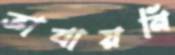
ভাবায়নি